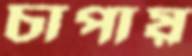
চাপায়